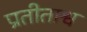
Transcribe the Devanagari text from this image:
प्रतीताश्व